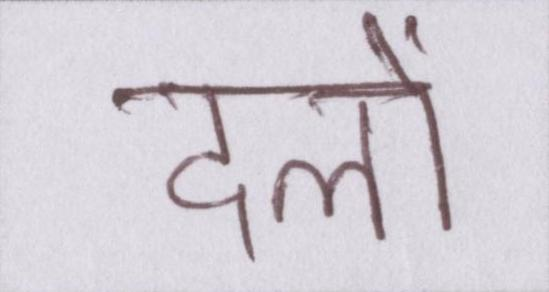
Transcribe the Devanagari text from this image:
दलों